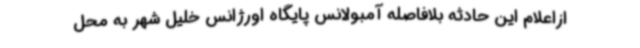
ازاعلام این حادثه بلافاصله آمبولانس پایگاه اورژانس خلیل شهر به محل